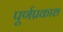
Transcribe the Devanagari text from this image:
पूर्णप्रकाश